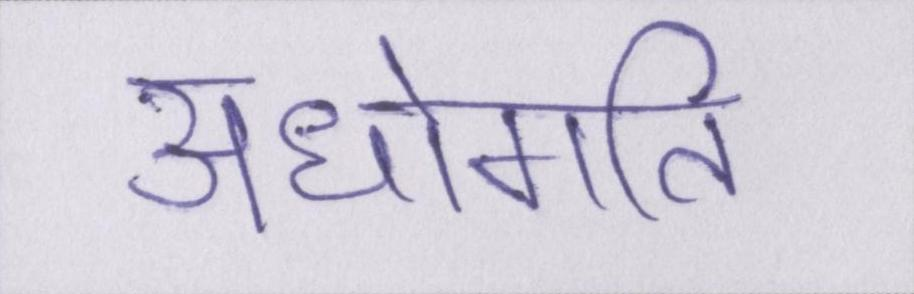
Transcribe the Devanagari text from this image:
अधोगति